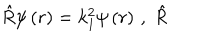
\hat { R } \psi \left( r \right) = k _ { 1 } ^ { 2 } \psi \left( r \right) \, , \; \hat { R }